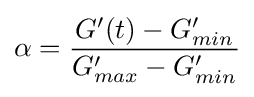
\alpha ={\frac {G'(t)-G'_{min}}{G'_{max}-G'_{min}}}